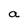
Character: a